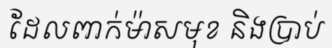
ដែលពាក់ម៉ាសមុខ និងប្រាប់